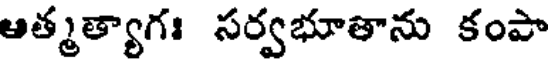
ఆత్మత్యాగః సర్వభూతాను కంపా